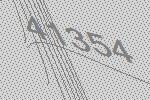
41354